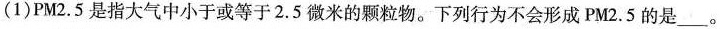
(1)PM2。5是指大气中小于或等于2.5微米的颗粒物。下列行为不会形成PM2。5的是___。